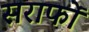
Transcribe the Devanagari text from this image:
सराफों